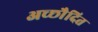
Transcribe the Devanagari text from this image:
अच्छाैदित